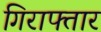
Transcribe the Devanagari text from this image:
गिराफ्तार